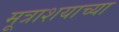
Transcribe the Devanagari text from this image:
मूत्राशयाच्या